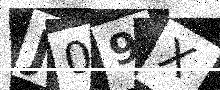
Text: J09X